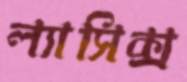
ল্যাসিক্স